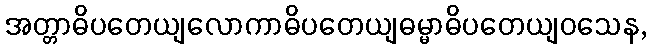
အတ္တာဓိပတေယျလောကာဓိပတေယျဓမ္မာဓိပတေယျဝသေန,